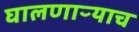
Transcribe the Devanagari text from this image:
घालणाऱ्याच